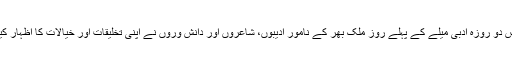
اس دو روزہ ادبی میلے کے پہلے روز ملک بھر کے نامور ادیبوں، شاعروں اور دانش وروں نے اپنی تخلیقات اور خیالات کا اظہار کیا۔